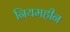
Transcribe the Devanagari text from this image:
नियमहीन